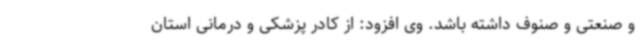
و صنعتی و صنوف داشته باشد. وی افزود: از کادر پزشکی و درمانی استان